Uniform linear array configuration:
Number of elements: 8
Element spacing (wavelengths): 0.5
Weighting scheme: hann
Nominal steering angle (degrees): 45
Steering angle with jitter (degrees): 44.587
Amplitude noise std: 0.05
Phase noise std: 0.05

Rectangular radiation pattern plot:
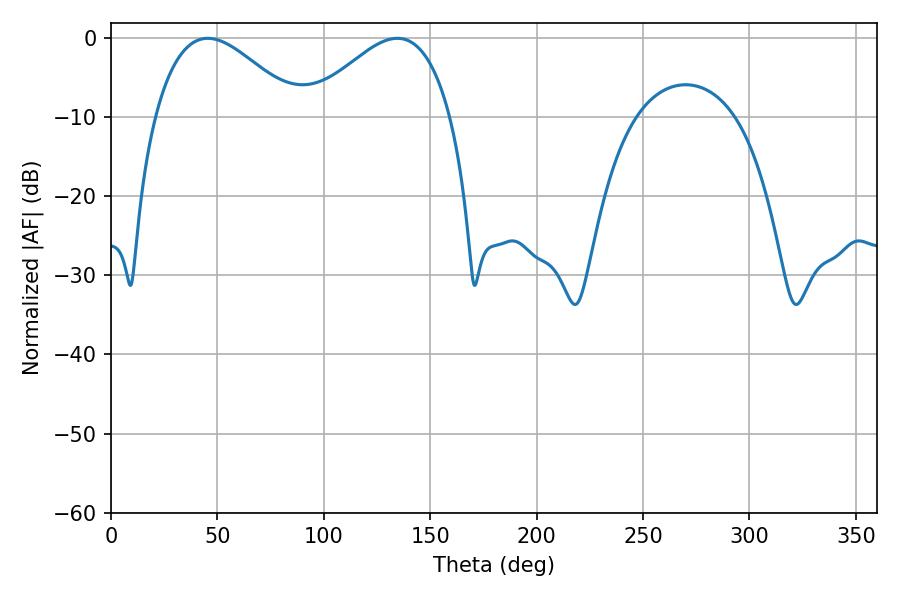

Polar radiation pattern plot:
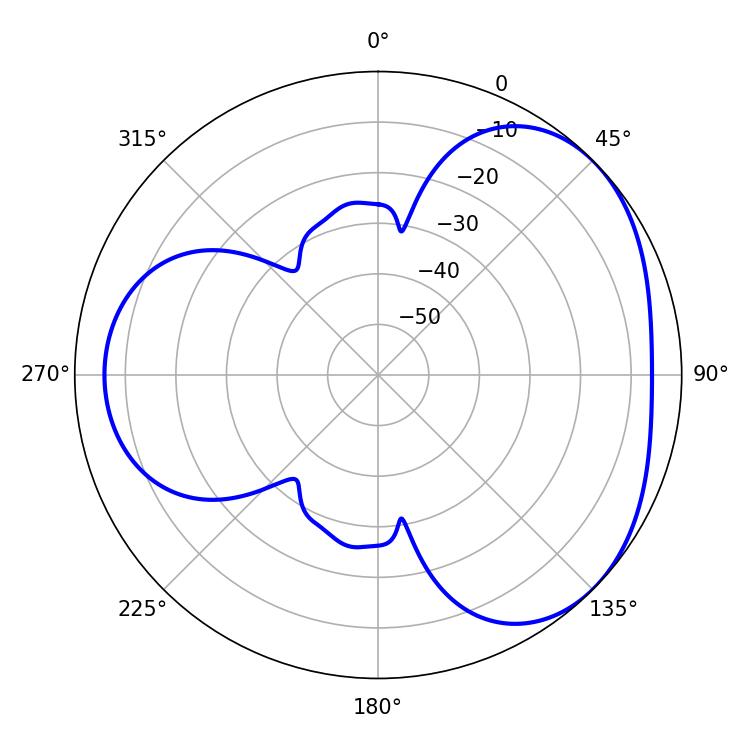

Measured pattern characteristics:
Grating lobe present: FALSE
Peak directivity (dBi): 3.587
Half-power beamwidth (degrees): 36.36
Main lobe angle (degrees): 45.54